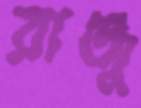
রাঞ্জু